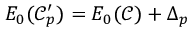
\begin{array} { r } { E _ { 0 } ( \mathcal { C } _ { p } ^ { \prime } ) = E _ { 0 } ( \mathcal { C } ) + \Delta _ { p } } \end{array}